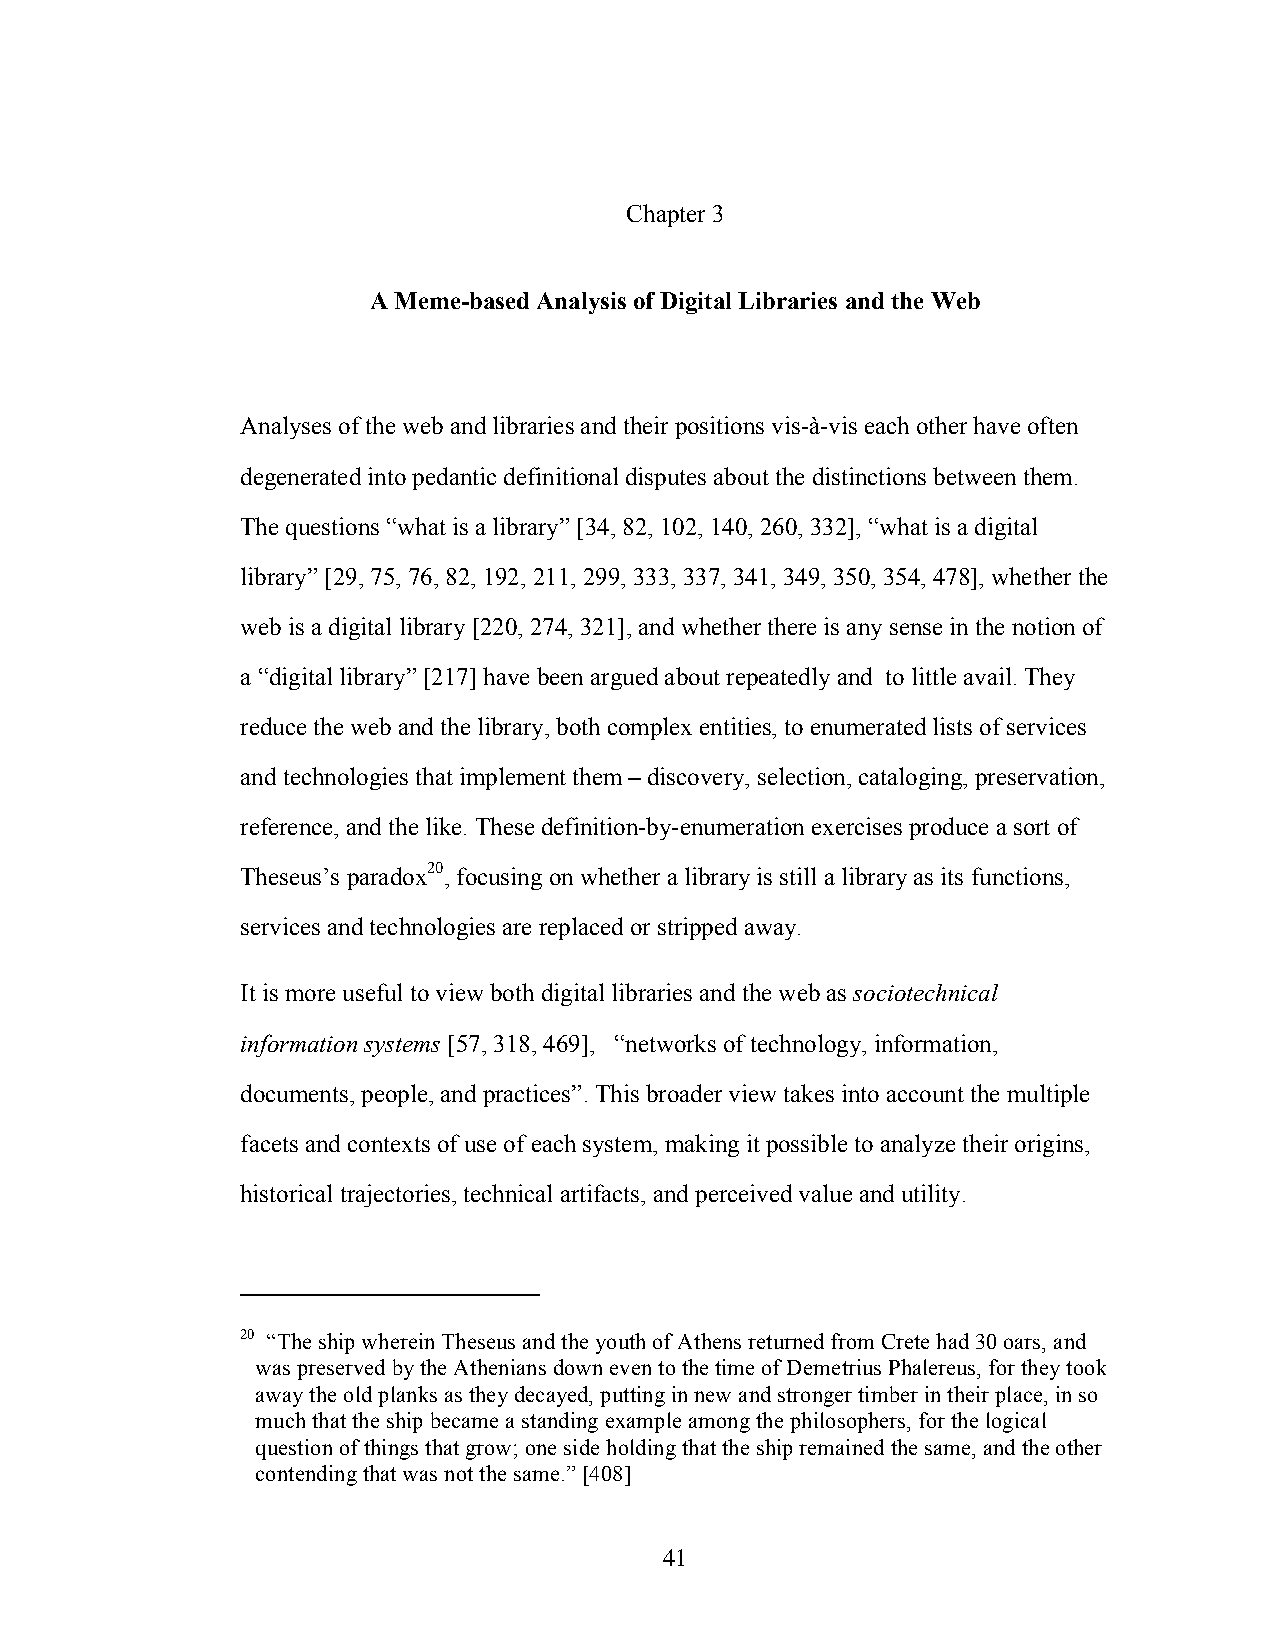
Chapter 3
 A Meme-based Analysis of Digital Libraries and the Web
 Analyses of the web and libraries and their positions vis-à-vis each other have often
 degenerated into pedantic definitional disputes about the distinctions between them.
 The questions “what is a library” [34, 82, 102, 140, 260, 332], “what is a digital
 library” [29, 75, 76, 82, 192, 211, 299, 333, 337, 341, 349, 350, 354, 478], whether the
 web is a digital library [220, 274, 321], and whether there is any sense in the notion of
 a “digital library” [217] have been argued about repeatedly and to little avail. They
 reduce the web and the library, both complex entities, to enumerated lists of services
 and technologies that implement them – discovery, selection, cataloging, preservation,
 reference, and the like. These definition-by-enumeration exercises produce a sort of
 Theseus’s paradox20, focusing on whether a library is still a library as its functions,
 services and technologies are replaced or stripped away.
 It is more useful to view both digital libraries and the web as sociotechnical
 information systems [57, 318, 469], “networks of technology, information,
 documents, people, and practices”. This broader view takes into account the multiple
 facets and contexts of use of each system, making it possible to analyze their origins,
 historical trajectories, technical artifacts, and perceived value and utility.
 20 “The ship wherein Theseus and the youth of Athens returned from Crete had 30 oars, and
 was preserved by the Athenians down even to the time of Demetrius Phalereus, for they took
 away the old planks as they decayed, putting in new and stronger timber in their place, in so
 much that the ship became a standing example among the philosophers, for the logical
 question of things that grow; one side holding that the ship remained the same, and the other
 contending that was not the same.” [408]
 41